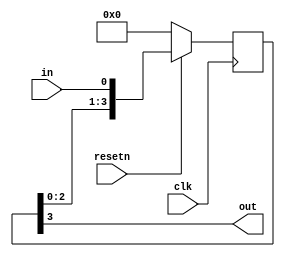
module top_module (
    input clk,
    input resetn,   // synchronous reset
    input in,
    output out);
    
    reg [3:0] out_s;
    
    always @(posedge clk)
        begin
            if (!resetn)
                out_s <= 4'd0;
            else
                out_s <= {out_s[2:0],in};
        end
    
    assign out = out_s[3];
endmodule